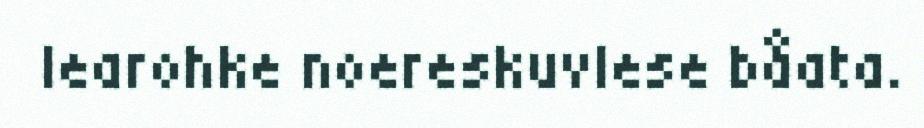
learohke noereskuvlese båata.